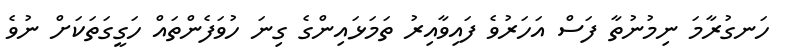
ހަނގުރާމަ ނިމުނުތާ ފަސް އަހަރުވެ ފައިވާއިރު ތަމަޅައިންގެ ގިނަ ހުވަފެންތައް ހަގީގަތަކަށް ނުވެ